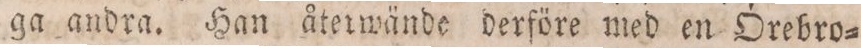
ga andra. Han återwände derföre med en Örebro=